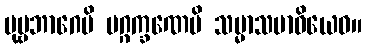
ပုဗ္ဗဘာဂေပိ မဂ္ဂက္ခဏေပိ သမ္မာသမာဓိယေဝ။